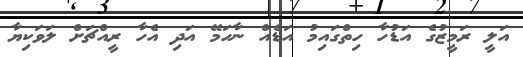
އަލީ ރަމީޒުގެ އަޑުހާ ހިތްގައިމު އަޑެއް ނާހަމޭ އަދި އެހާ ރީއްޗަށް ލަވަކިޔާ